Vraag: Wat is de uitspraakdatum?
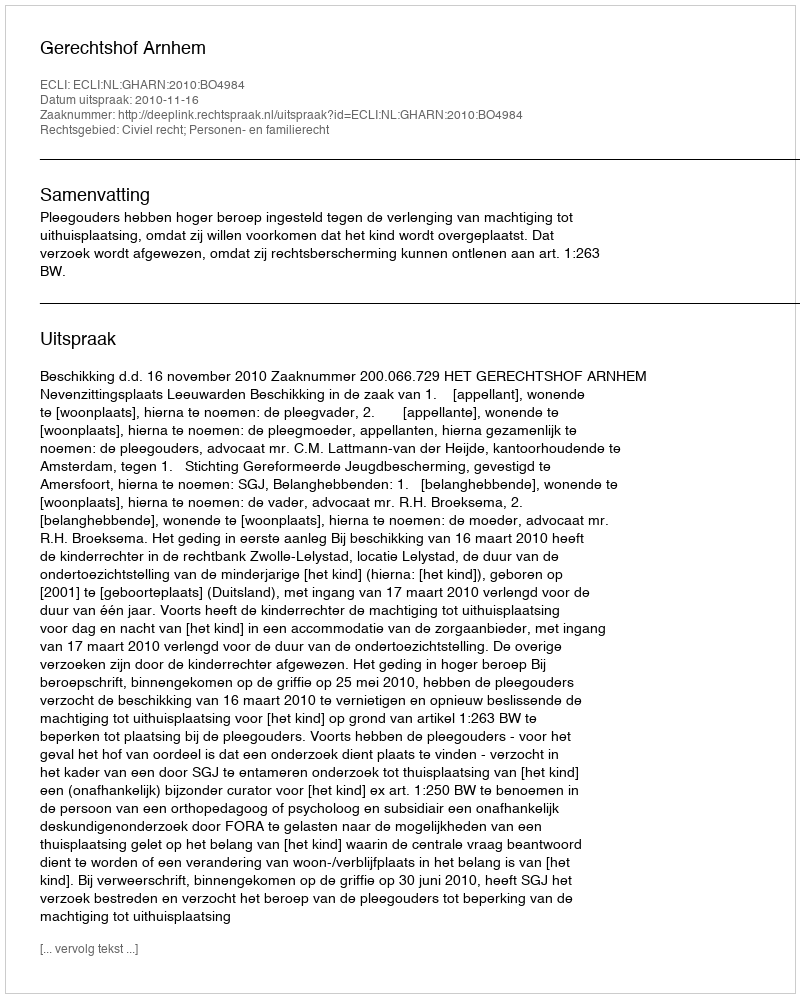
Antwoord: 2010-11-16